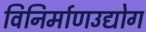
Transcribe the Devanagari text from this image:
विनिर्माणउद्योग